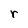
Character: r